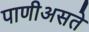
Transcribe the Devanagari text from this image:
पाणीअसते